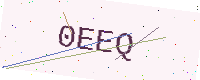
Text: 0EEQ